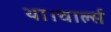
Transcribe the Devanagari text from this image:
था।चार्ल्स